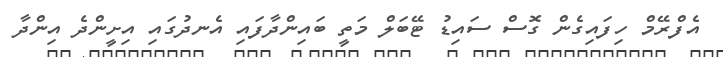
އެފްރޭމް ހިފައިގެން ގޮސް ސައިޑު ޓޭބަލް މަތީ ބައިންދާފައި އެނދުގައި އިށީންދެ އިންދާ